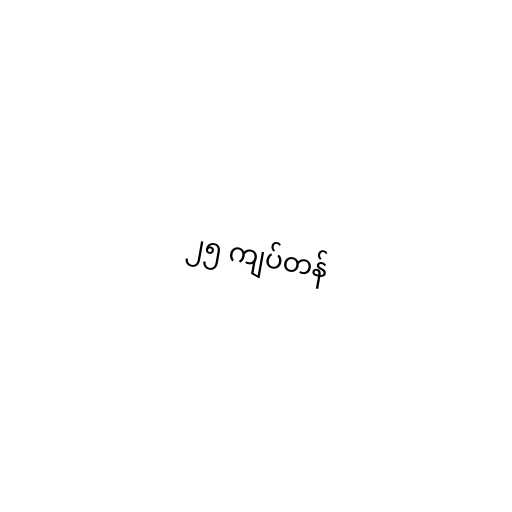
၂၅ ကျပ်တန်